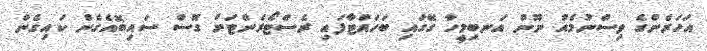
އަހަރެންގެ ވިސްނުމެއް ނޫން އަނބިމީހާ ގޭގައި ބަހައްޓާފައި ރެސްޓޯރެންޓަށް ގޮސް ސައިބޮއެގެން ކައިގެން